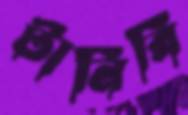
টানিবি